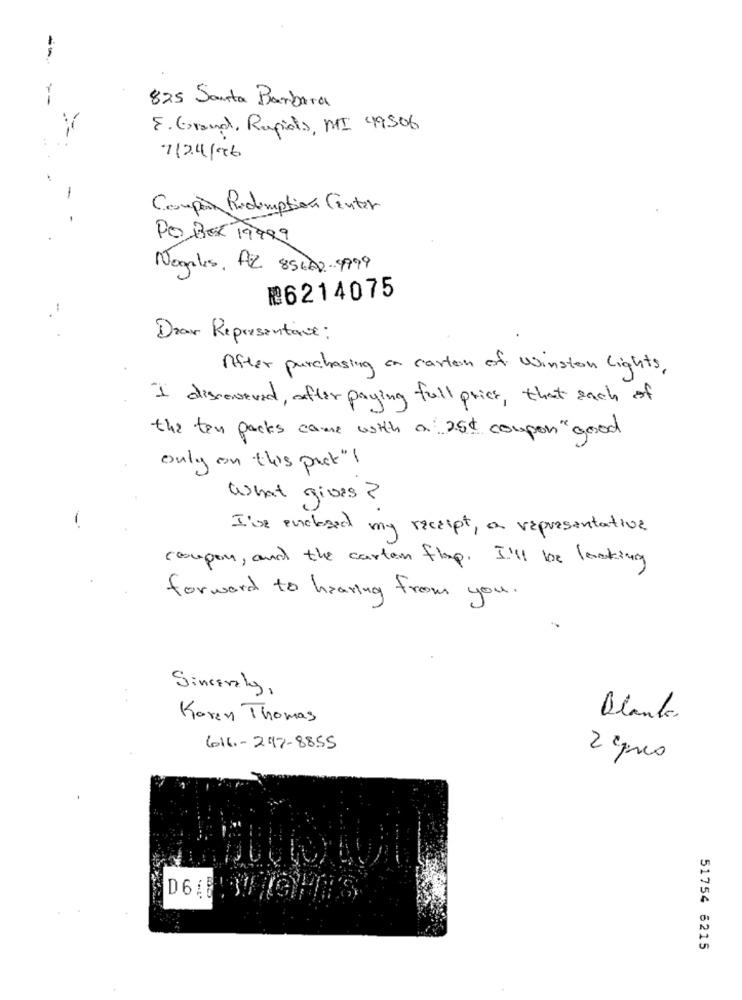
-
--
825 Santa Barbara
E. Grand Rapids, MI 49506
7124/x6
Coupon Redemption Center
PO BOX 19999
Nogales, AZ 85602-4999
₡6214075
-.
Dear Representave;
After purchasing on carton of Winston lights,
I discovered, after paying full price, that each of
the ten packs came with a 25€ coupon" good
only on this pack"I
What gives ?
I've enclosed my receipt, a representative
coupon, and the carton flop. I'll be lacking
forward to hearing from you.
Sincerely,
Koren Thomas
Blank.
616-247-8855
2 ºpues
51754 6215